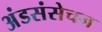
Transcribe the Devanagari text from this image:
अंडसंसेचन